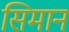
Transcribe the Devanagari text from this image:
सिमान